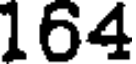
164